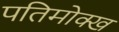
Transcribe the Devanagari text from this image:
पतिमोक्ख